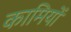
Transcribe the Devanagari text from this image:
कामियों